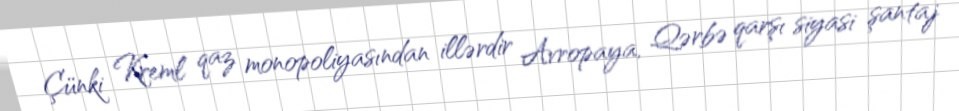
Çünki Kreml qaz monopoliyasından illərdir Avropaya, Qərbə qarşı siyasi şantaj